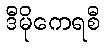
ဒီမိုကေရစီ